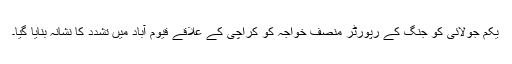
یکم جولائی کو جنگ کے رپورٹر منصف خواجہ کو کراچی کے علاقے قیوم آباد میں تشدد کا نشانہ بنایا گیا۔